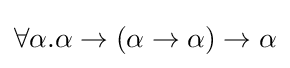
\forall \alpha .\alpha \to (\alpha \to \alpha )\to \alpha